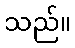
သည်။